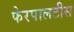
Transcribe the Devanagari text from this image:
फेरपालटीस